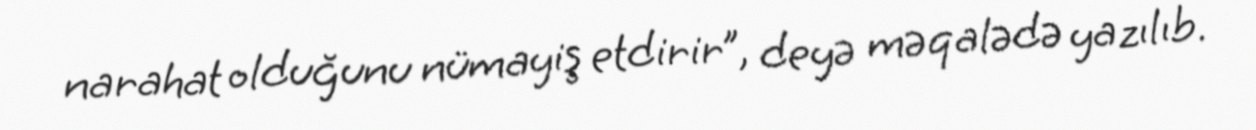
narahat olduğunu nümayiş etdirir”, deyə məqalədə yazılıb.